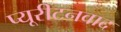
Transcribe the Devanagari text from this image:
प्यूरीटनवाद